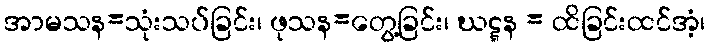
အာမသန=သုံးသပ်ခြင်း၊ ဖုသန=တွေ့ခြင်း၊ ဃဋ္ဋန = ထိခြင်းထင်အံ့၊